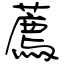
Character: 薦